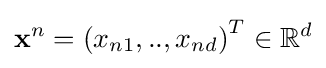
{\mathbf {x} }^{n}=\left({x_{n1},..,x_{nd}}\right)^{T}\in \mathbb {R} ^{d}